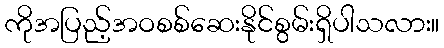
ကိုအပြည့်အဝစစ်ဆေးနိုင်စွမ်းရှိပါသလား။